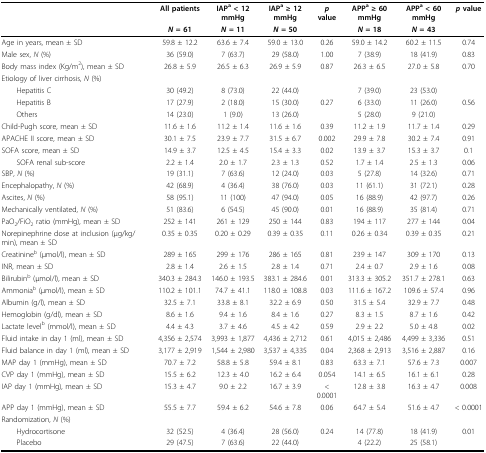
<table><thead><tr><td></td><td><b>All patients</b></td><td><b>IAP<sup>a </sup>&lt; 12 mmHg</b></td><td><b>IAP<sup>a </sup>≥ 12 mmHg</b></td><td><b><i>p </i>value</b></td><td><b>APP<sup>a </sup>≥ 60 mmHg</b></td><td><b>APP<sup>a </sup>&lt; 60 mmHg</b></td><td><b><i>p </i>value</b></td></tr><tr><td></td><td><b><i>N </i>= 61</b></td><td><b><i>N </i>= 11</b></td><td><b><i>N </i>= 50</b></td><td></td><td><b><i>N </i>= 18</b></td><td><b><i>N </i>= 43</b></td><td></td></tr></thead><tbody><tr><td>Age in years, mean ± SD</td><td>59.8 ± 12.2</td><td>63.6 ± 7.4</td><td>59.0 ± 13.0</td><td>0.26</td><td>59.0 ± 14.2</td><td>60.2 ± 11.5</td><td>0.74</td></tr><tr><td>Male sex, <i>N </i>(%)</td><td>36 (59.0)</td><td>7 (63.7)</td><td>29 (58.0)</td><td>1.00</td><td>7 (38.9)</td><td>18 (41.9)</td><td>0.83</td></tr><tr><td>Body mass index (Kg/m<sup>2</sup>), mean ± SD</td><td>26.8 ± 5.9</td><td>26.5 ± 6.3</td><td>26.9 ± 5.9</td><td>0.87</td><td>26.3 ± 6.5</td><td>27.0 ± 5.8</td><td>0.70</td></tr><tr><td>Etiology of liver cirrhosis, <i>N </i>(%)</td><td></td><td></td><td></td><td></td><td></td><td></td><td></td></tr><tr><td> Hepatitis C</td><td>30 (49.2)</td><td>8 (73.0)</td><td>22 (44.0)</td><td></td><td>7 (39.0)</td><td>23 (53.0)</td><td></td></tr><tr><td> Hepatitis B</td><td>17 (27.9)</td><td>2 (18.0)</td><td>15 (30.0)</td><td>0.27</td><td>6 (33.0)</td><td>11 (26.0)</td><td>0.56</td></tr><tr><td> Others</td><td>14 (23.0)</td><td>1 (9.0)</td><td>13 (26.0)</td><td></td><td>5 (28.0)</td><td>9 (21.0)</td><td></td></tr><tr><td>Child-Pugh score, mean ± SD</td><td>11.6 ± 1.6</td><td>11.2 ± 1.4</td><td>11.6 ± 1.6</td><td>0.39</td><td>11.2 ± 1.9</td><td>11.7 ± 1.4</td><td>0.29</td></tr><tr><td>APACHE II score, mean ± SD</td><td>30.1 ± 7.5</td><td>23.9 ± 7.7</td><td>31.5 ± 6.7</td><td>0.002</td><td>29.9 ± 7.8</td><td>30.2 ± 7.4</td><td>0.91</td></tr><tr><td>SOFA score, mean ± SD</td><td>14.9 ± 3.7</td><td>12.5 ± 4.5</td><td>15.4 ± 3.3</td><td>0.02</td><td>13.9 ± 3.7</td><td>15.3 ± 3.7</td><td>0.1</td></tr><tr><td> SOFA renal sub-score</td><td>2.2 ± 1.4</td><td>2.0 ± 1.7</td><td>2.3 ± 1.3</td><td>0.52</td><td>1.7 ± 1.4</td><td>2.5 ± 1.3</td><td>0.06</td></tr><tr><td>SBP, <i>N </i>(%)</td><td>19 (31.1)</td><td>7 (63.6)</td><td>12 (24.0)</td><td>0.03</td><td>5 (27.8)</td><td>14 (32.6)</td><td>0.71</td></tr><tr><td>Encephalopathy, <i>N </i>(%)</td><td>42 (68.9)</td><td>4 (36.4)</td><td>38 (76.0)</td><td>0.03</td><td>11 (61.1)</td><td>31 (72.1)</td><td>0.28</td></tr><tr><td>Ascites, <i>N </i>(%)</td><td>58 (95.1)</td><td>11 (100)</td><td>47 (94.0)</td><td>0.05</td><td>16 (88.9)</td><td>42 (97.7)</td><td>0.26</td></tr><tr><td>Mechanically ventilated, <i>N </i>(%)</td><td>51 (83.6)</td><td>6 (54.5)</td><td>45 (90.0)</td><td>0.01</td><td>16 (88.9)</td><td>35 (81.4)</td><td>0.71</td></tr><tr><td>PaO<sub>2</sub>/FiO<sub>2 </sub>ratio (mmHg), mean ± SD</td><td>252 ± 141</td><td>261 ± 129</td><td>250 ± 144</td><td>0.83</td><td>194 ± 117</td><td>277 ± 144</td><td>0.04</td></tr><tr><td>Norepinephrine dose at inclusion (μg/kg/min), mean ± SD</td><td>0.35 ± 0.35</td><td>0.20 ± 0.29</td><td>0.39 ± 0.35</td><td>0.11</td><td>0.26 ± 0.34</td><td>0.39 ± 0.35</td><td>0.21</td></tr><tr><td>Creatinine<sup>b </sup>(μmol/l), mean ± SD</td><td>289 ± 165</td><td>299 ± 176</td><td>286 ± 165</td><td>0.81</td><td>239 ± 147</td><td>309 ± 170</td><td>0.13</td></tr><tr><td>INR, mean ± SD</td><td>2.8 ± 1.4</td><td>2.6 ± 1.5</td><td>2.8 ± 1.4</td><td>0.71</td><td>2.4 ± 0.7</td><td>2.9 ± 1.6</td><td>0.08</td></tr><tr><td>Bilirubin<sup>b </sup>(μmol/l), mean ± SD</td><td>340.3 ± 284.3</td><td>146.0 ± 193.5</td><td>383.1 ± 284.6</td><td>0.01</td><td>313.3 ± 305.2</td><td>351.7 ± 278.1</td><td>0.63</td></tr><tr><td>Ammonia<sup>b </sup>(μmol/l), mean ± SD</td><td>110.2 ± 101.1</td><td>74.7 ± 41.1</td><td>118.0 ± 108.8</td><td>0.03</td><td>111.6 ± 167.2</td><td>109.6 ± 57.4</td><td>0.96</td></tr><tr><td>Albumin (g/l), mean ± SD</td><td>32.5 ± 7.1</td><td>33.8 ± 8.1</td><td>32.2 ± 6.9</td><td>0.50</td><td>31.5 ± 5.4</td><td>32.9 ± 7.7</td><td>0.48</td></tr><tr><td>Hemoglobin (g/dl), mean ± SD</td><td>8.6 ± 1.6</td><td>9.4 ± 1.6</td><td>8.4 ± 1.6</td><td>0.27</td><td>8.3 ± 1.5</td><td>8.7 ± 1.6</td><td>0.42</td></tr><tr><td>Lactate level<sup>b </sup>(mmol/l), mean ± SD</td><td>4.4 ± 4.3</td><td>3.7 ± 4.6</td><td>4.5 ± 4.2</td><td>0.59</td><td>2.9 ± 2.2</td><td>5.0 ± 4.8</td><td>0.02</td></tr><tr><td>Fluid intake in day 1 (ml), mean ± SD</td><td>4,356 ± 2,574</td><td>3,993 ± 1,877</td><td>4,436 ± 2,712</td><td>0.61</td><td>4,015 ± 2,486</td><td>4,499 ± 3,336</td><td>0.51</td></tr><tr><td>Fluid balance in day 1 (ml), mean ± SD</td><td>3,177 ± 2,919</td><td>1,544 ± 2,980</td><td>3,537 ± 4,335</td><td>0.04</td><td>2,368 ± 2,913</td><td>3,516 ± 2,887</td><td>0.16</td></tr><tr><td>MAP day 1 (mmHg), mean ± SD</td><td>70.7 ± 7.2</td><td>58.8 ± 5.8</td><td>59.4 ± 8.1</td><td>0.83</td><td>63.3 ± 7.1</td><td>57.6 ± 7.3</td><td>0.007</td></tr><tr><td>CVP day 1 (mmHg), mean ± SD</td><td>15.5 ± 6.2</td><td>12.3 ± 4.0</td><td>16.2 ± 6.4</td><td>0.054</td><td>14.1 ± 6.5</td><td>16.1 ± 6.1</td><td>0.28</td></tr><tr><td>IAP day 1 (mmHg), mean ± SD</td><td>15.3 ± 4.7</td><td>9.0 ± 2.2</td><td>16.7 ± 3.9</td><td>&lt; 0.0001</td><td>12.8 ± 3.8</td><td>16.3 ± 4.7</td><td>0.008</td></tr><tr><td>APP day 1 (mmHg), mean ± SD</td><td>55.5 ± 7.7</td><td>59.4 ± 6.2</td><td>54.6 ± 7.8</td><td>0.06</td><td>64.7 ± 5.4</td><td>51.6 ± 4.7</td><td>&lt; 0.0001</td></tr><tr><td>Randomization, <i>N </i>(%)</td><td></td><td></td><td></td><td></td><td></td><td></td><td></td></tr><tr><td> Hydrocortisone</td><td>32 (52.5)</td><td>4 (36.4)</td><td>28 (56.0)</td><td>0.24</td><td>14 (77.8)</td><td>18 (41.9)</td><td>0.01</td></tr><tr><td> Placebo</td><td>29 (47.5)</td><td>7 (63.6)</td><td>22 (44.0)</td><td></td><td>4 (22.2)</td><td>25 (58.1)</td><td></td></tr></tbody></table>